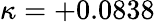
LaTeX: \kappa=+0.0838